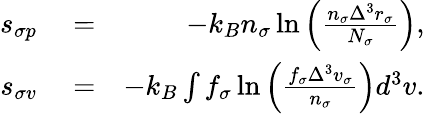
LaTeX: \begin{array}{rlr}{s_{\sigma p}}&{{}=}&{-k_{B}n_{\sigma}\ln\left(\frac{n_{\sigma}\Delta^{3}r_{\sigma}}{N_{\sigma}}\right),}\\ {s_{\sigma v}}&{{}=}&{-k_{B}\int f_{\sigma}\ln\left(\frac{f_{\sigma}\Delta^{3}v_{\sigma}}{n_{\sigma}}\right)d^{3}v.}\end{array}